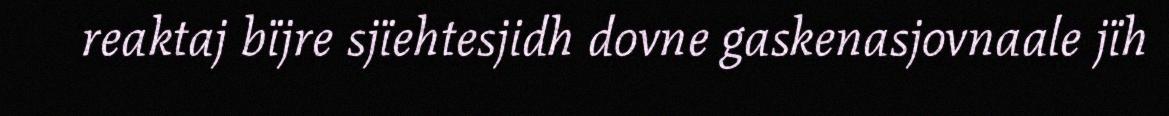
reaktaj bïjre sjïehtesjidh dovne gaskenasjovnaale jïh